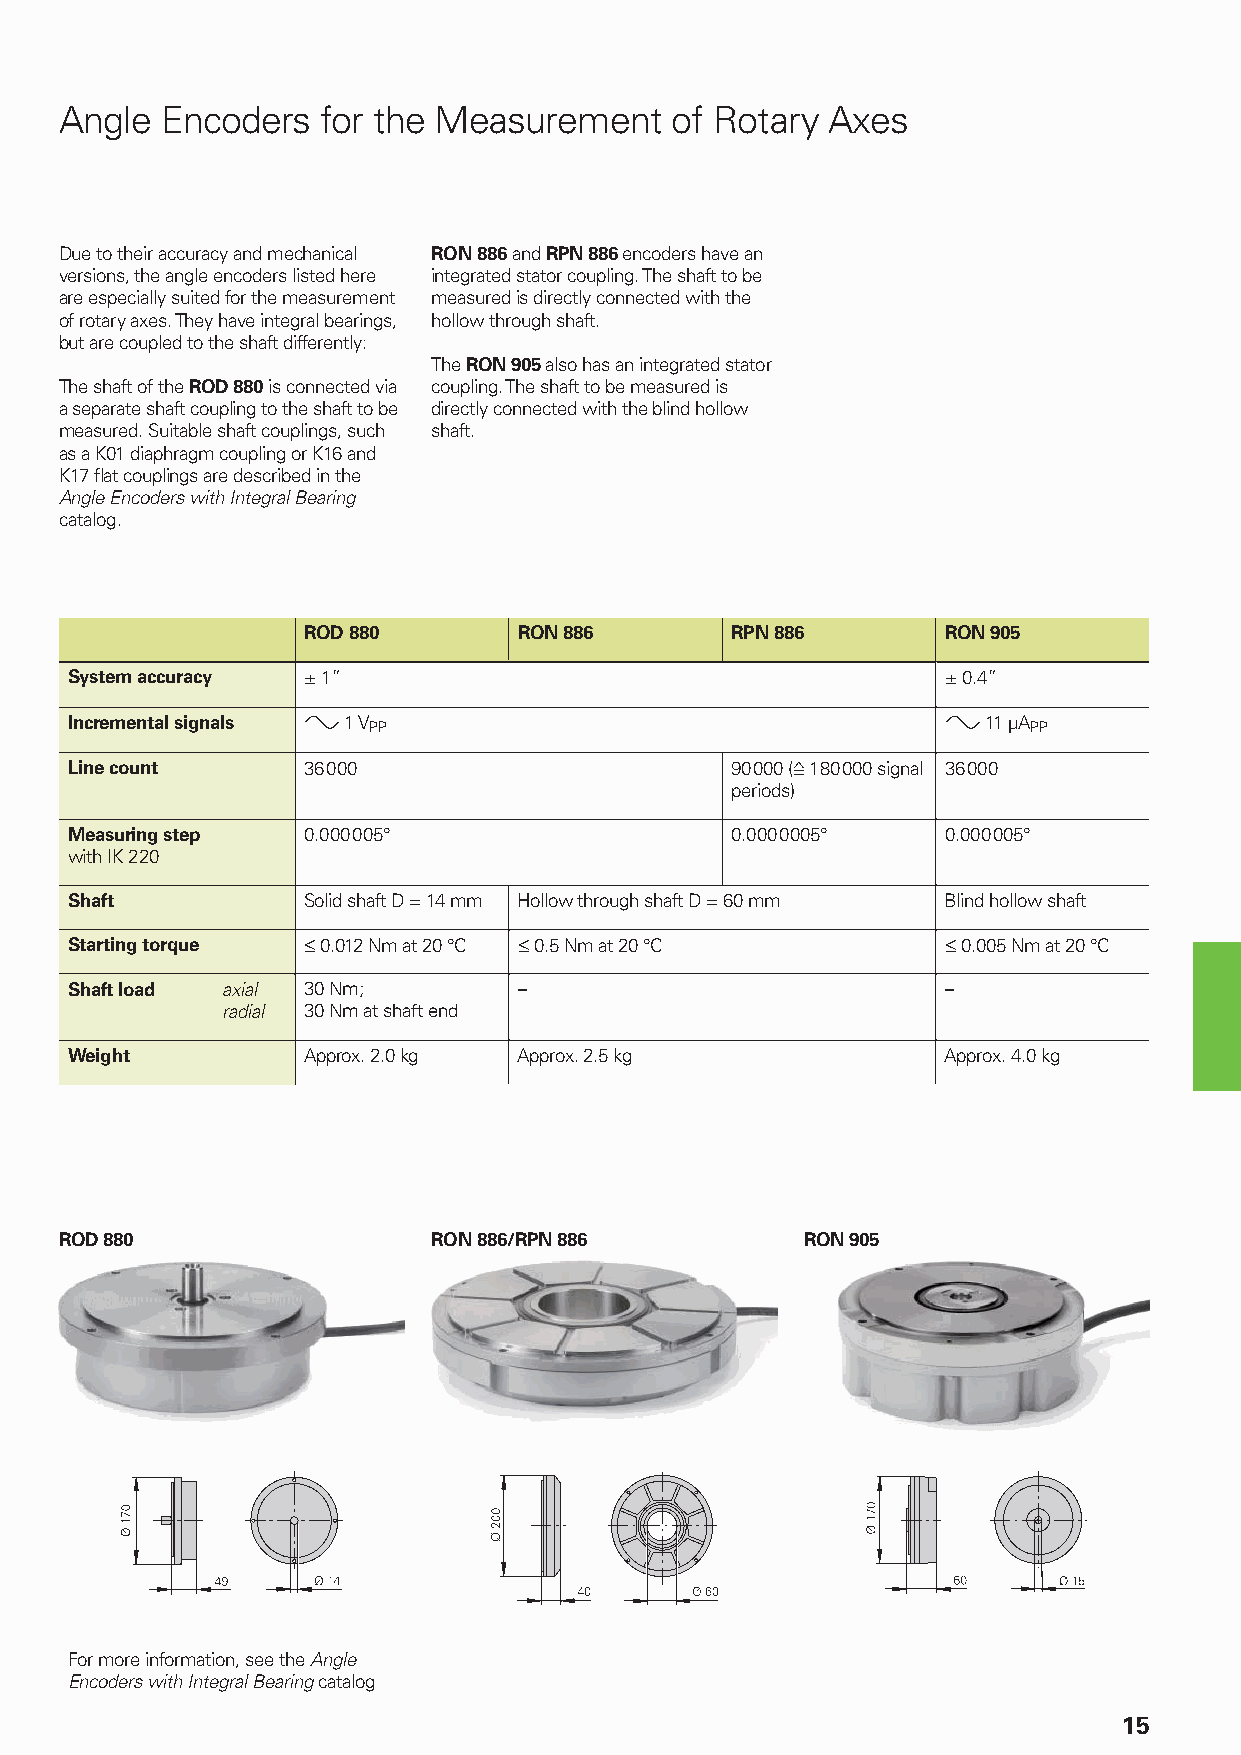
Angle  Encoders  for the Measurement    of Rotary  Axes
 Due to their accuracy and mechanical RON 886 and RPN 886 encoders have an
 versions, the angle encoders listed here integrated stator coupling. The shaft to be
 are especially suited for the measurement measured is directly connected with the
 of rotary axes. They have integral bearings, hollow through shaft.
 but are coupled to the shaft differently:
 The RON 905 also has an integrated stator
 The shaft of the ROD 880 is connected via coupling. The shaft to be measured is
 a separate shaft coupling to the shaft to be directly connected with the blind hollow
 measured. Suitable shaft couplings, such shaft.
 as a K01 diaphragm coupling or K16 and
 K17 fl at couplings are described in the
 Angle Encoders with Integral Bearing
 catalog.
 ROD 880       RON 886       RPN 886        RON 905
 System accuracy ± 1”                                       ± 0.4”
 Incremental signals » 1 VPP                                » 11 µAPP
 Line count      36 000                      90 000 (ƒ 180000 signal 36 000
 periods)
 Measuring step  0.000005°                   0.0000005°     0.000005°
 with IK 220
 Shaft           Solid shaft D = 14 mm Hollow through shaft D = 60 mm Blind hollow shaft
 Starting torque † 0.012 Nm at 20 °C † 0.5 Nm at 20 °C      † 0.005 Nm at 20 °C
 Shaft load axial 30 Nm;       –                            –
 radial 30 Nm at shaft end
 Weight          Approx. 2.0 kg Approx. 2.5 kg              Approx. 4.0 kg
 ROD 880                  RON 886/RPN 886         RON 905
 For more information, see the Angle
 Encoders with Integral Bearing catalog
 15